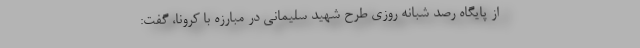
از پایگاه رصد شبانه روزی طرح شهید سلیمانی در مبارزه با کرونا، گفت: